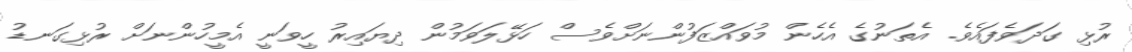
ރުޅި ގަދަވެފައެވެ. އެތަނުގެ އެހެން މުވައްޒަފުންނަށްވެސް ހަޅޭލަވަމުން ދިޔައިރު ހީވަނީ އެމީހުންނަށް ރުޅިގަނޑު